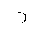
Letter: _zay